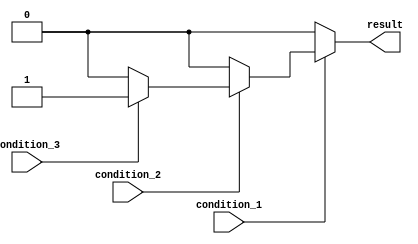
module nested_if_else_statement (
    input wire condition_1,
    input wire condition_2,
    input wire condition_3,
    output reg result
);

always @ (condition_1 or condition_2 or condition_3)
    if (condition_1)
        if (condition_2)
            if (condition_3)
                result <= 1;
            else
                result <= 0;
        else
            result <= 0;
    else
        result <= 0;

endmodule